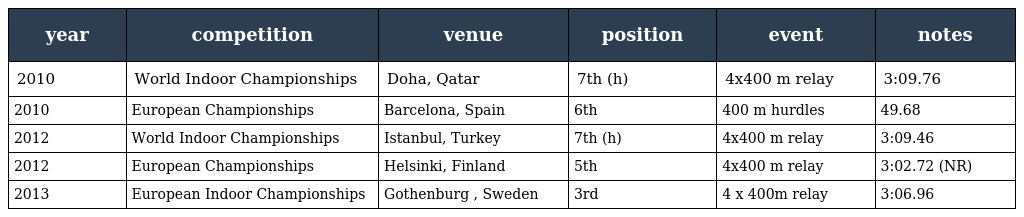
| year | competition | venue | position | event | notes |
 | --- | --- | --- | --- | --- | --- |
 | 2010 | World Indoor Championships | Doha, Qatar | 7th (h) | 4x400 m relay | 3:09.76 |
 | 2010 | European Championships | Barcelona, Spain | 6th | 400 m hurdles | 49.68 |
 | 2012 | World Indoor Championships | Istanbul, Turkey | 7th (h) | 4x400 m relay | 3:09.46 |
 | 2012 | European Championships | Helsinki, Finland | 5th | 4x400 m relay | 3:02.72 (NR) |
 | 2013 | European Indoor Championships | Gothenburg , Sweden | 3rd | 4 x 400m relay | 3:06.96 |